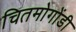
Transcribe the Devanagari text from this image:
चितमोगोंडी